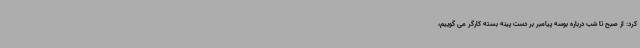
کرد: از صبح تا شب درباره بوسه پیامبر بر دست پینه بسته کارگر می گوییم،